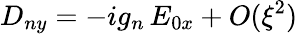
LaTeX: D_{ny}=-ig_{n}\, E_{0x}+O(\xi^{2})